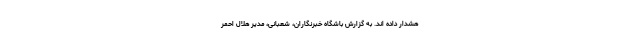
هشدار داده اند. به گزارش باشگاه خبرنگاران، شعبانی، مدیر هلال احمر